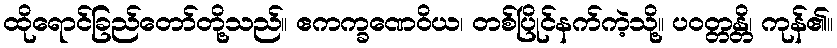
ထိုရောင်ခြည်တော်တို့သည်။ ဧကက္ခဏေဝိယ၊ တစ်ပြိုင်နက်ကဲ့သို့။ ပဝတ္တန္တိ၊ ကုန်၏။